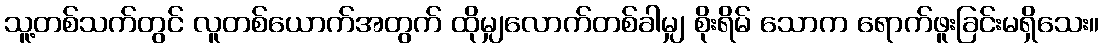
သူ့တစ်သက်တွင် လူတစ်ယောက်အတွက် ထိုမျှလောက်တစ်ခါမျှ စိုးရိမ် သောက ရောက်ဖူးခြင်းမရှိသေး။